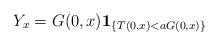
LaTeX: \begin{align*}Y_x = G(0,x) \mathbf{1}_{\{T(0,x) < aG(0,x)\}}\end{align*}